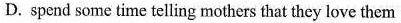
D. spend some time telling mothers that they lov